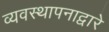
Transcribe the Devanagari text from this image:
व्यवस्थापनाद्वारे